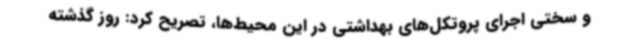
و سختی اجرای پروتکل‌های بهداشتی در این محیط‌ها، تصریح کرد: روز گذشته